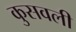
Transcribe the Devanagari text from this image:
कुसवली